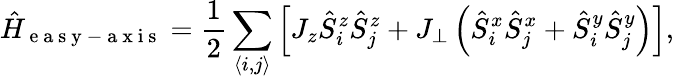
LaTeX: \hat{H}_{\mathrm{~e~a~s~y~-~a~x~i~s~}}=\frac{1}{2}\sum_{\langle i,j\rangle}\left[J_{z}\hat{S}_{i}^{z}\hat{S}_{j}^{z}+J_{\perp}\left(\hat{S}_{i}^{x}\hat{S}_{j}^{x}+\hat{S}_{i}^{y}\hat{S}_{j}^{y}\right)\right],